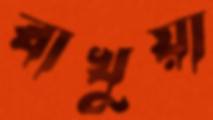
বাখুয়া